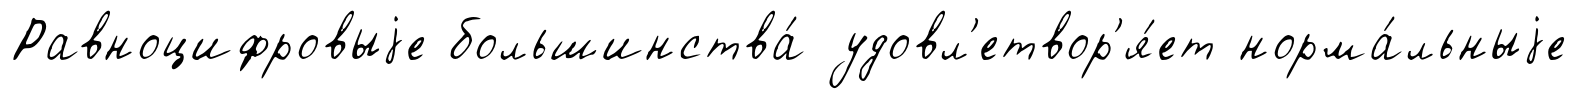
Равноцифровыjе большинства́ удовл'етвор'я́ет норма́льныjе